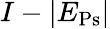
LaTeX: I-|E_{\mathrm{Ps}}|